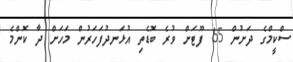
ސްކީމްގެ ދަށުން 65 ފޫޓަށް ވުރެ ބޮޑެތި އުޅަނދުފަހަރުން މަހަށް ދާ ކޮންމެ